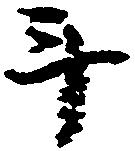
斗